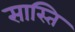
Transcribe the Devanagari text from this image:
सास्ति